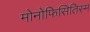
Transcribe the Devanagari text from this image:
मोनोफिसितिस्म